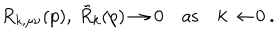
LaTeX: R _ { k , \mu \nu } ( p ) , \: \tilde { R } _ { k } ( p ) \to 0 \quad \mathrm { a s } \quad k \to 0 \: .